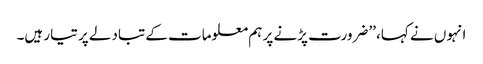
انہوں نے کہا، ’’ضرورت پڑنے پر ہم معلومات کے تبادلے پر تیار ہیں۔